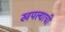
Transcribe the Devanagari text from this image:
खपल्याची